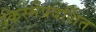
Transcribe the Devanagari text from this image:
किस्मेंप्रदर्शित